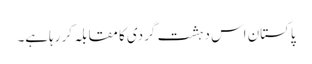
پاکستان اس دہشت گردی کا مقابلہ کر رہاہے۔